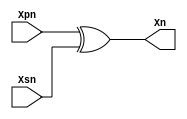
module output_func_stream(Xpn,Xsn,Xn);

input [31:0]Xpn,Xsn;
output reg [31:0]Xn;

always @(*)
begin
  Xn=Xpn^Xsn;  
end

endmodule